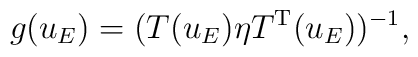
g(u_E)=(T(u_E)\eta T^{\rm T}(u_E))^{-1},